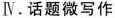
Ⅳ.话题微写作